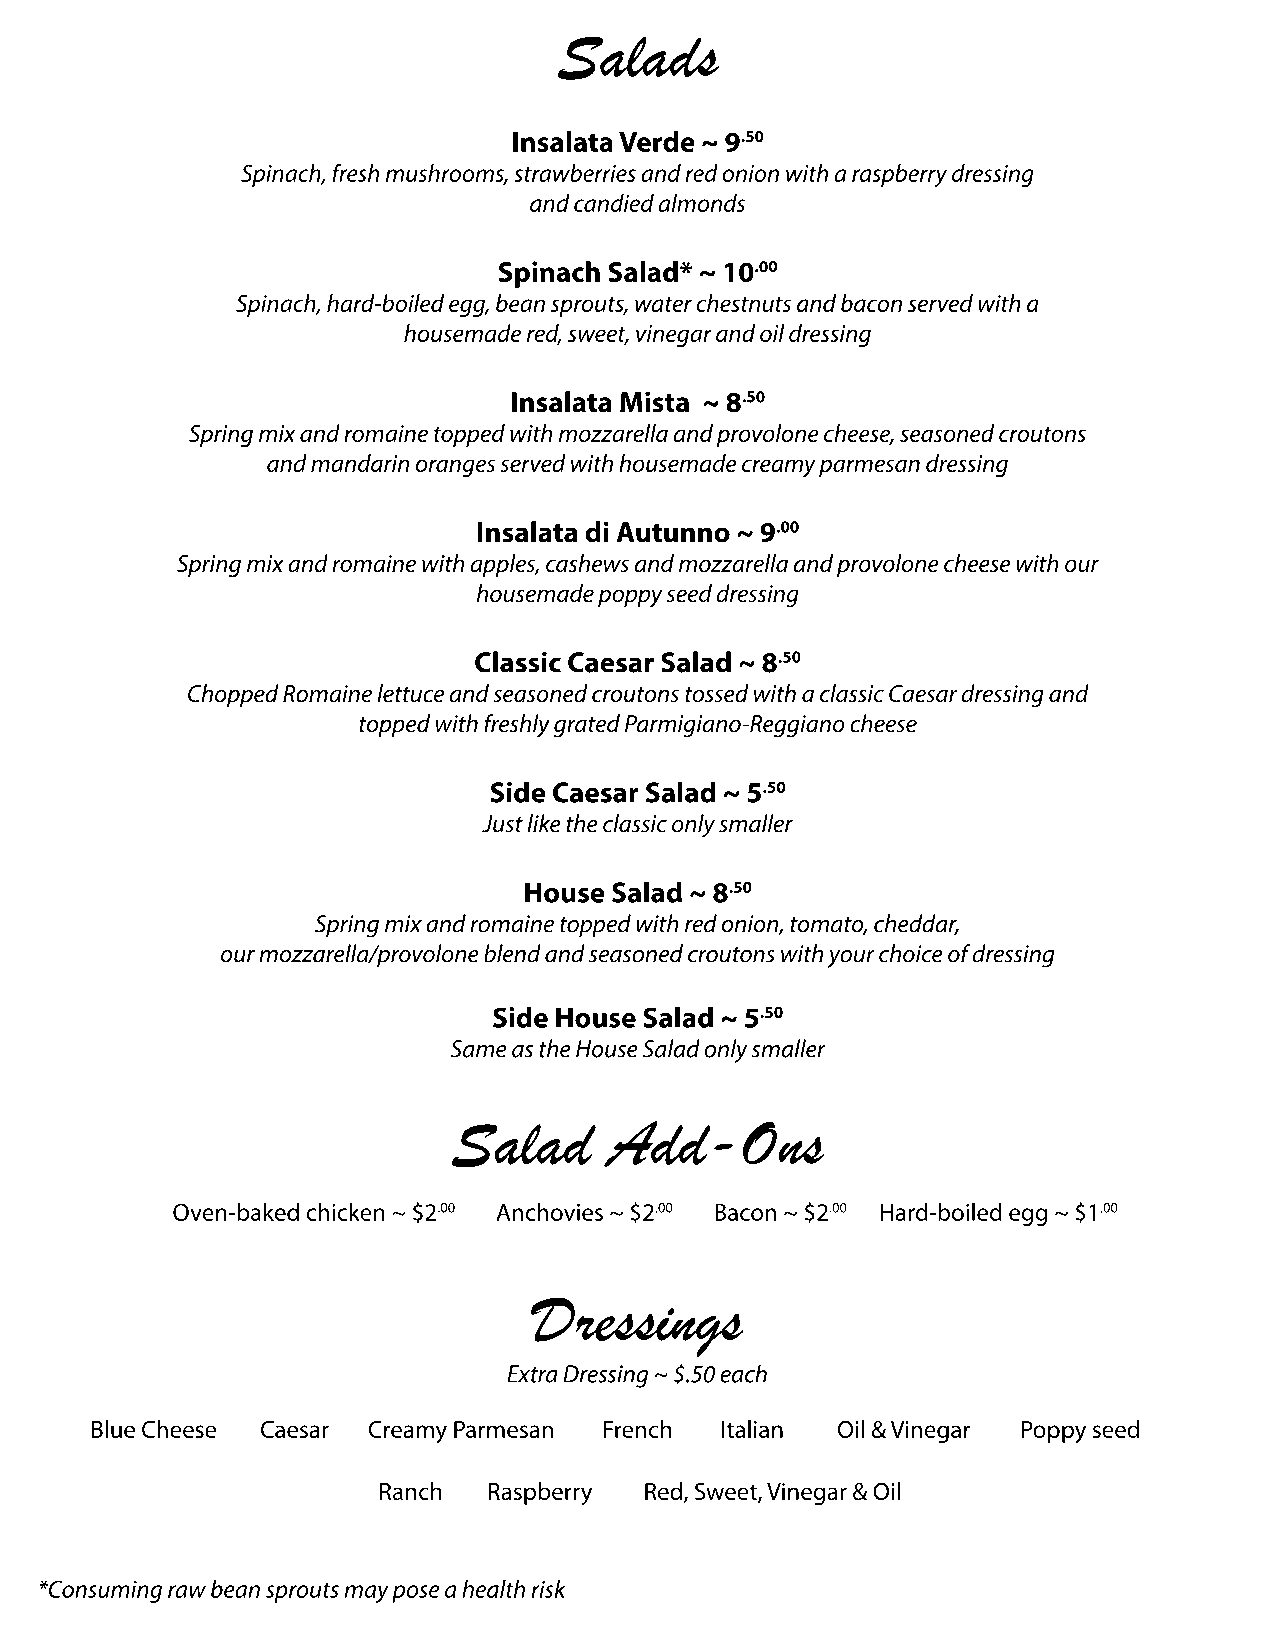
Salads
 Insalata Verde ~ 9.50
 Spinach, fresh mushrooms, strawberries and red onion with a raspberry dressing
 and candied almonds
 Spinach Salad* ~ 10.00
 Spinach, hard-boiled egg, bean sprouts, water chestnuts and bacon served with a
 housemade red, sweet, vinegar and oil dressing
 IInsalata Mista ~ 8.50
 Spring mix and romaine topped with mozzarella and provolone cheese, seasoned croutons
 and mandarin oranges served with housemade creamy parmesan dressing
 Insalata di Autunno ~ 9.00
 Spring mix and romaine with apples, cashews and mozzarella and provolone cheese with our
 housemade poppy seed dressing
 Classic Caesar Salad ~ 8.50
 CChhooppped Romaine lettuce and seasoned croutons tossed with a classic Caesar dressing and
 topped with freshly grated Parmigiano-Reggiano cheese
 Side Caesar Salad ~ 5.50
 Just like the classic only smaller
 House Salad ~ 8.50
 Spring mix and romaine topped with red onion, tomato, cheddar,
 our mozzarella/provolone blend and seasoned croutons with your choice of dressing
 SSiiddee House Salad ~ 5.50
 Same as the House Salad only smaller
 Salad     Add-Ons
 Oven-baked chicken ~ $2.00 Anchovies ~ $2.00 Bacon ~ $2.00 Hard-boiled egg ~ $1.00
 Dressings
 Extra Dressing ~ $.50 each
 Blue Cheese Caesar Creamy Parmesan French Italian Oil & Vinegar Poppy seed
 Ranch  Raspberry  Red, Sweet, Vinegar & Oil
 *Consuming raw bean sprouts may pose a health risk